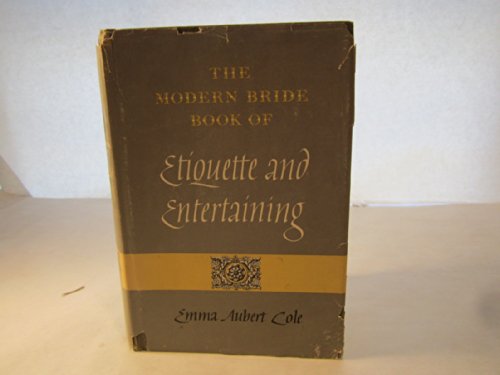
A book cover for The Modern Bride Book of Etiquette and Entertaining (Second Printing May 1964); Emma Aubert Cole; Crafts, Hobbies & Home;